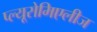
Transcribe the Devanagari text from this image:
प्ल्यूरोमिएलीज